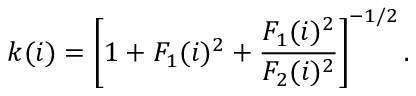
k ( i ) = \left[ 1 + F _ { 1 } ( i ) ^ { 2 } + \frac { F _ { 1 } ( i ) ^ { 2 } } { F _ { 2 } ( i ) ^ { 2 } } \right] ^ { - 1 / 2 } .